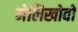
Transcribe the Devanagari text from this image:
मेलिखोवो